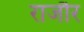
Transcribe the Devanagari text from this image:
राजौर